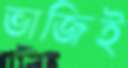
ভাজিই